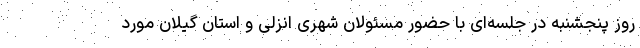
روز پنجشنبه در جلسه‌ای با حضور مسئولان شهری انزلی و استان گیلان مورد